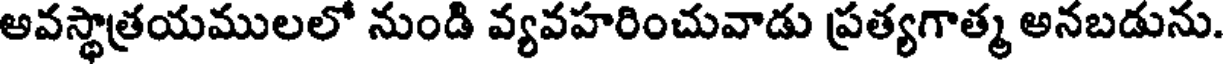
అవస్థాత్రయములలో నుండి వ్యవహరించువాడు ప్రత్యగాత్మ అనబడును.